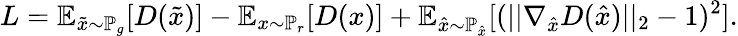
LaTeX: L=\mathbb{E}_{{\tilde{x}}\sim\mathbb{P}_{g}}[D({\tilde{x}})]-\mathbb{E}_{{x}\sim\mathbb{P}_{r}}[D({x})]+\mathbb{E}_{{\hat{x}}\sim\mathbb{P}_{\hat{x}}}[(||\nabla_{\hat{x}}D({\hat{x}})||_{2}-1)^{2}].